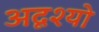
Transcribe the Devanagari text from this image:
अदृश्यो